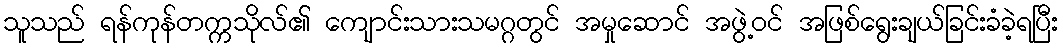
သူသည် ရန်ကုန်တက္ကသိုလ်၏ ကျောင်းသားသမဂ္ဂတွင် အမှုဆောင် အဖွဲ့ဝင် အဖြစ်ရွေးချယ်ခြင်းခံခဲ့ရပြီး